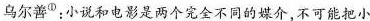
乌尔善^{①}.小说和电影是两个完全不同的媒介.不可能把小